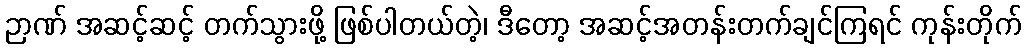
ဉာဏ် အဆင့်ဆင့် တက်သွားဖို့ ဖြစ်ပါတယ်တဲ့၊ ဒီတော့ အဆင့်အတန်းတက်ချင်ကြရင် ကုန်းတိုက်